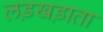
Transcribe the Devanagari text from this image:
लड़खड़ाता